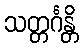
သတ္တင်္ဂန္တိ